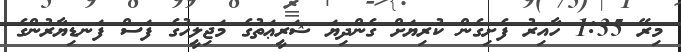
މިރޭ 1:35 ހާއިރު ފެށިގެން ކުރިޔަށް ގެންދިޔަ ޝަރީޢަތުގެ މަޖިލީހުގެ ފަސް ފަނޑިޔާރުންގެ